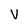
Character: v